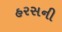
હરસની